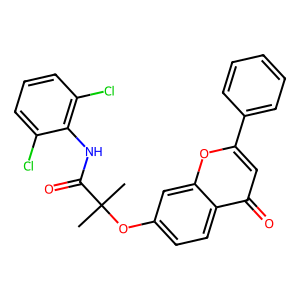
SMILES: CC(C)(Oc1ccc2c(=O)cc(-c3ccccc3)oc2c1)C(=O)Nc1c(Cl)cccc1Cl
Inhibits HIV replication: No